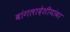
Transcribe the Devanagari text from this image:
बांगलादेशीयांवर